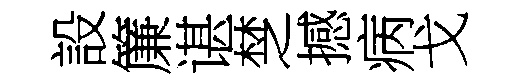
設簾谌椘撼病戈